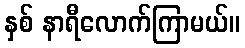
နှစ် နာရီလောက်ကြာမယ်။